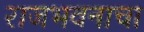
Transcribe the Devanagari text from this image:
राजभवनाचा